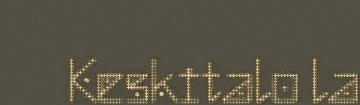
Keskitalo la